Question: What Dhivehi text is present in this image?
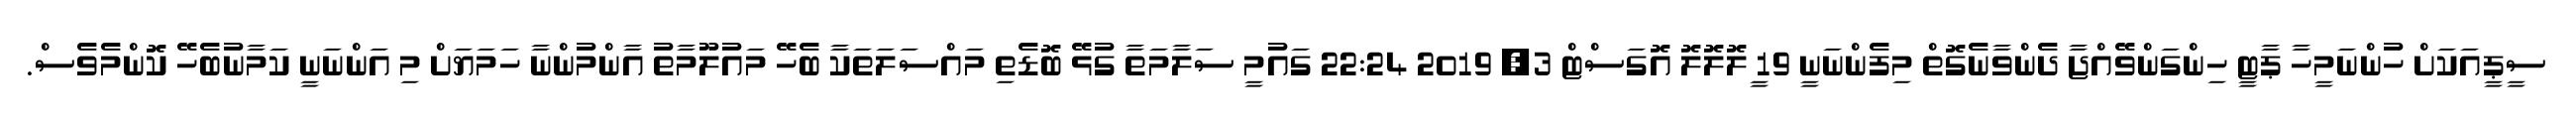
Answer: ސީޕީއަކަށް ހުންނަމީހާ ޕާޓީ ހިންގަންވޭއްޖާ ދެންވާނެގޮތް މިފެންނަނީ 19 ީލޮލޮލޮ އޮގަސްޓް 3, 2019 22:24 ގައުމީ ސަލާމަތާ ގުޅޭ ބޮޑެތި މައްސަލަތަކާ ބެހޭ މައުލޫމާތު އާންމުންނާ ހަމަޔަށް މި އަންނަނީ ކަމާނުބެހޭ ކޮންމެވެސް.